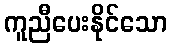
ကူညီပေးနိုင်သော